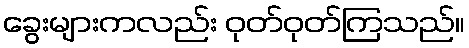
ခွေးများကလည်း ဝုတ်ဝုတ်ကြသည်။